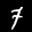
Label: 7